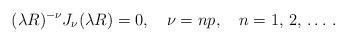
LaTeX: \begin{align*}(\lambda R)^{-\nu} J_\nu(\lambda R)=0,\quad \nu=np, \quad n=1,\,2,\,\ldots \,{.}\end{align*}